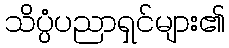
သိပ္ပံပညာရှင်များ၏